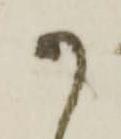
か